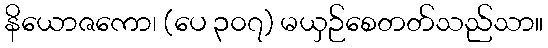
နိယောဇကော၊ (ပေ ၃၀၇) မယှဉ်စေတတ်သည်သာ။